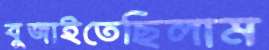
বুজাইতেছিলাম